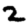
Digit: 2